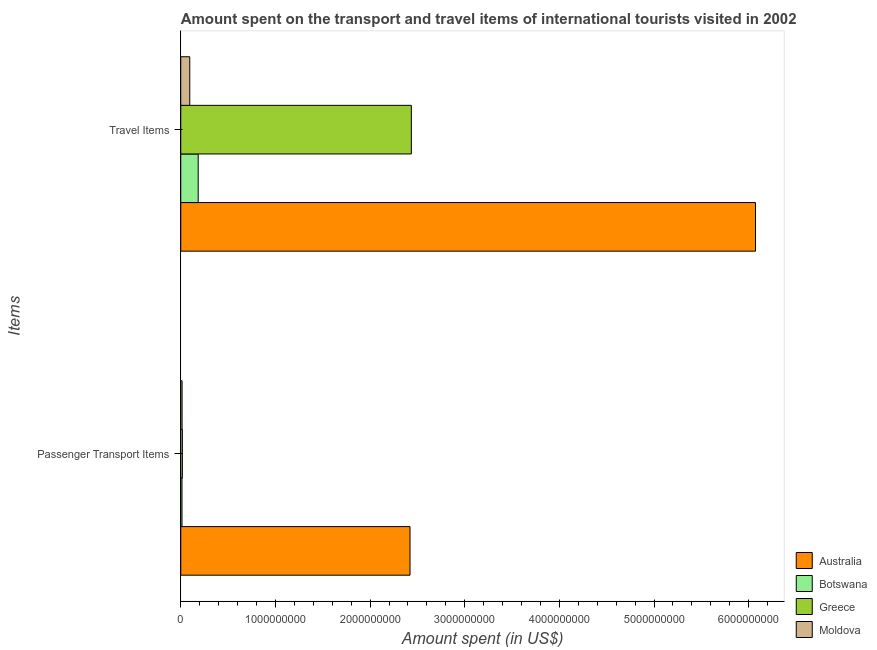
| Items | Australia | Botswana | Greece | Moldova |
 | --- | --- | --- | --- | --- |
 | Passenger Transport Items | 2.42e+09 | 1.3e+07 | 1.7e+07 | 1.4e+07 |
 | Travel Items | 6.07e+09 | 1.84e+08 | 2.44e+09 | 9.5e+07 |